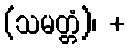
(သမတ္တံ)၊ +